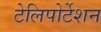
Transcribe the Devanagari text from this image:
टेलिपोर्टेशन